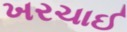
ખરચાઈ